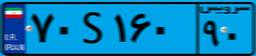
۲۷S۷۶۳۳۸